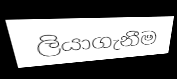
ලියාගැනීම